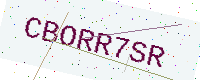
Text: CBORR7SR